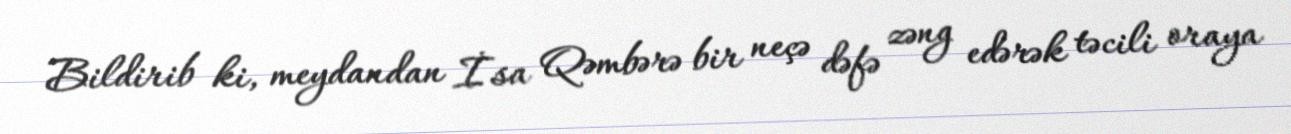
Bildirib ki, meydandan İsa Qəmbərə bir neçə dəfə zəng edərək təcili oraya